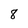
Character: 8